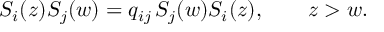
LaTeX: S _ { i } ( z ) S _ { j } ( w ) = q _ { i j } \, S _ { j } ( w ) S _ { i } ( z ) , \qquad z > w .